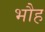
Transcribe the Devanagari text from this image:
भौह